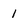
Character: 1